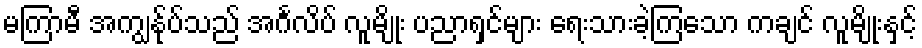
မကြာမီ အကျွန်ုပ်သည် အင်္ဂလိပ် လူမျိုး ပညာရှင်များ ရေးသားခဲ့ကြသော ကချင် လူမျိုးနှင့်